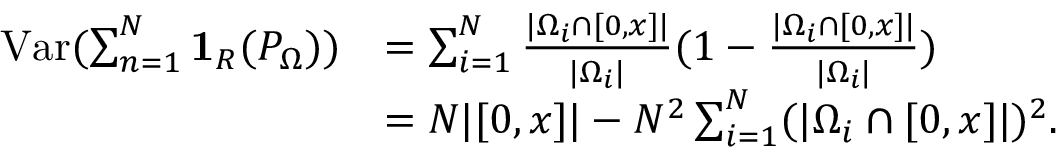
\begin{array} { r l } { \mathrm { V a r } ( \sum _ { n = 1 } ^ { N } \mathbf { 1 } _ { R } ( P _ { \Omega } ) ) } & { = \sum _ { i = 1 } ^ { N } \frac { | \Omega _ { i } \cap [ 0 , x ] | } { | \Omega _ { i } | } ( 1 - \frac { | \Omega _ { i } \cap [ 0 , x ] | } { | \Omega _ { i } | } ) } \\ & { = N | [ 0 , x ] | - N ^ { 2 } \sum _ { i = 1 } ^ { N } ( | \Omega _ { i } \cap [ 0 , x ] | ) ^ { 2 } . } \end{array}